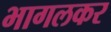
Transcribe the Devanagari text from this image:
भागलकर